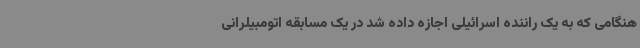
هنگامی که به یک راننده اسرائیلی اجازه داده شد در یک مسابقه اتومبیلرانی